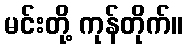
မင်းတို့ ကုန်တိုက်။